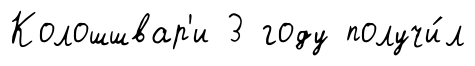
Колошшвар'и 3 году получи́л